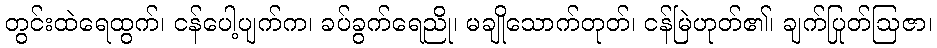
တွင်းထဲရေထွက်၊ ငန်ပေါ့ပျက်က၊ ခပ်ခွက်ရေညို၊ မချိုသောက်တုတ်၊ ငန်မြဲဟုတ်၏၊ ချက်ပြုတ်ဩဇာ၊